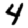
Digit: 4